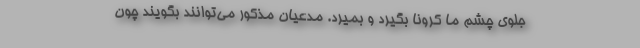
جلوی چشم ما کرونا بگیرد و بمیرد. مدعیان مذکور می‌توانند بگویند چون